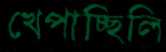
খেপাচ্ছিলি